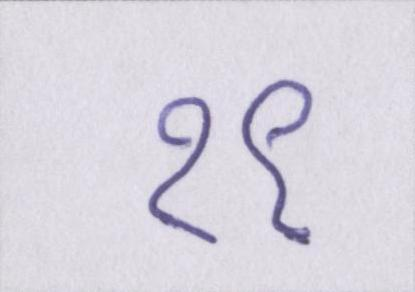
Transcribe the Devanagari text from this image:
१९